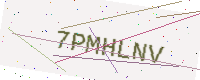
Text: 7PMHLNV